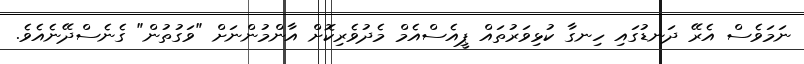
ނަމަވެސް އެރޭ ދަނޑުގައި ހިނގާ ކުޅިވަރުތައް ޕީއެސްއެމް މެދުވެރިކޮށް އާންމުންނަށް "ވަގުތުން" ގެނެސްދޭނެއެވެ.